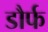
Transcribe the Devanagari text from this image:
डौर्फ